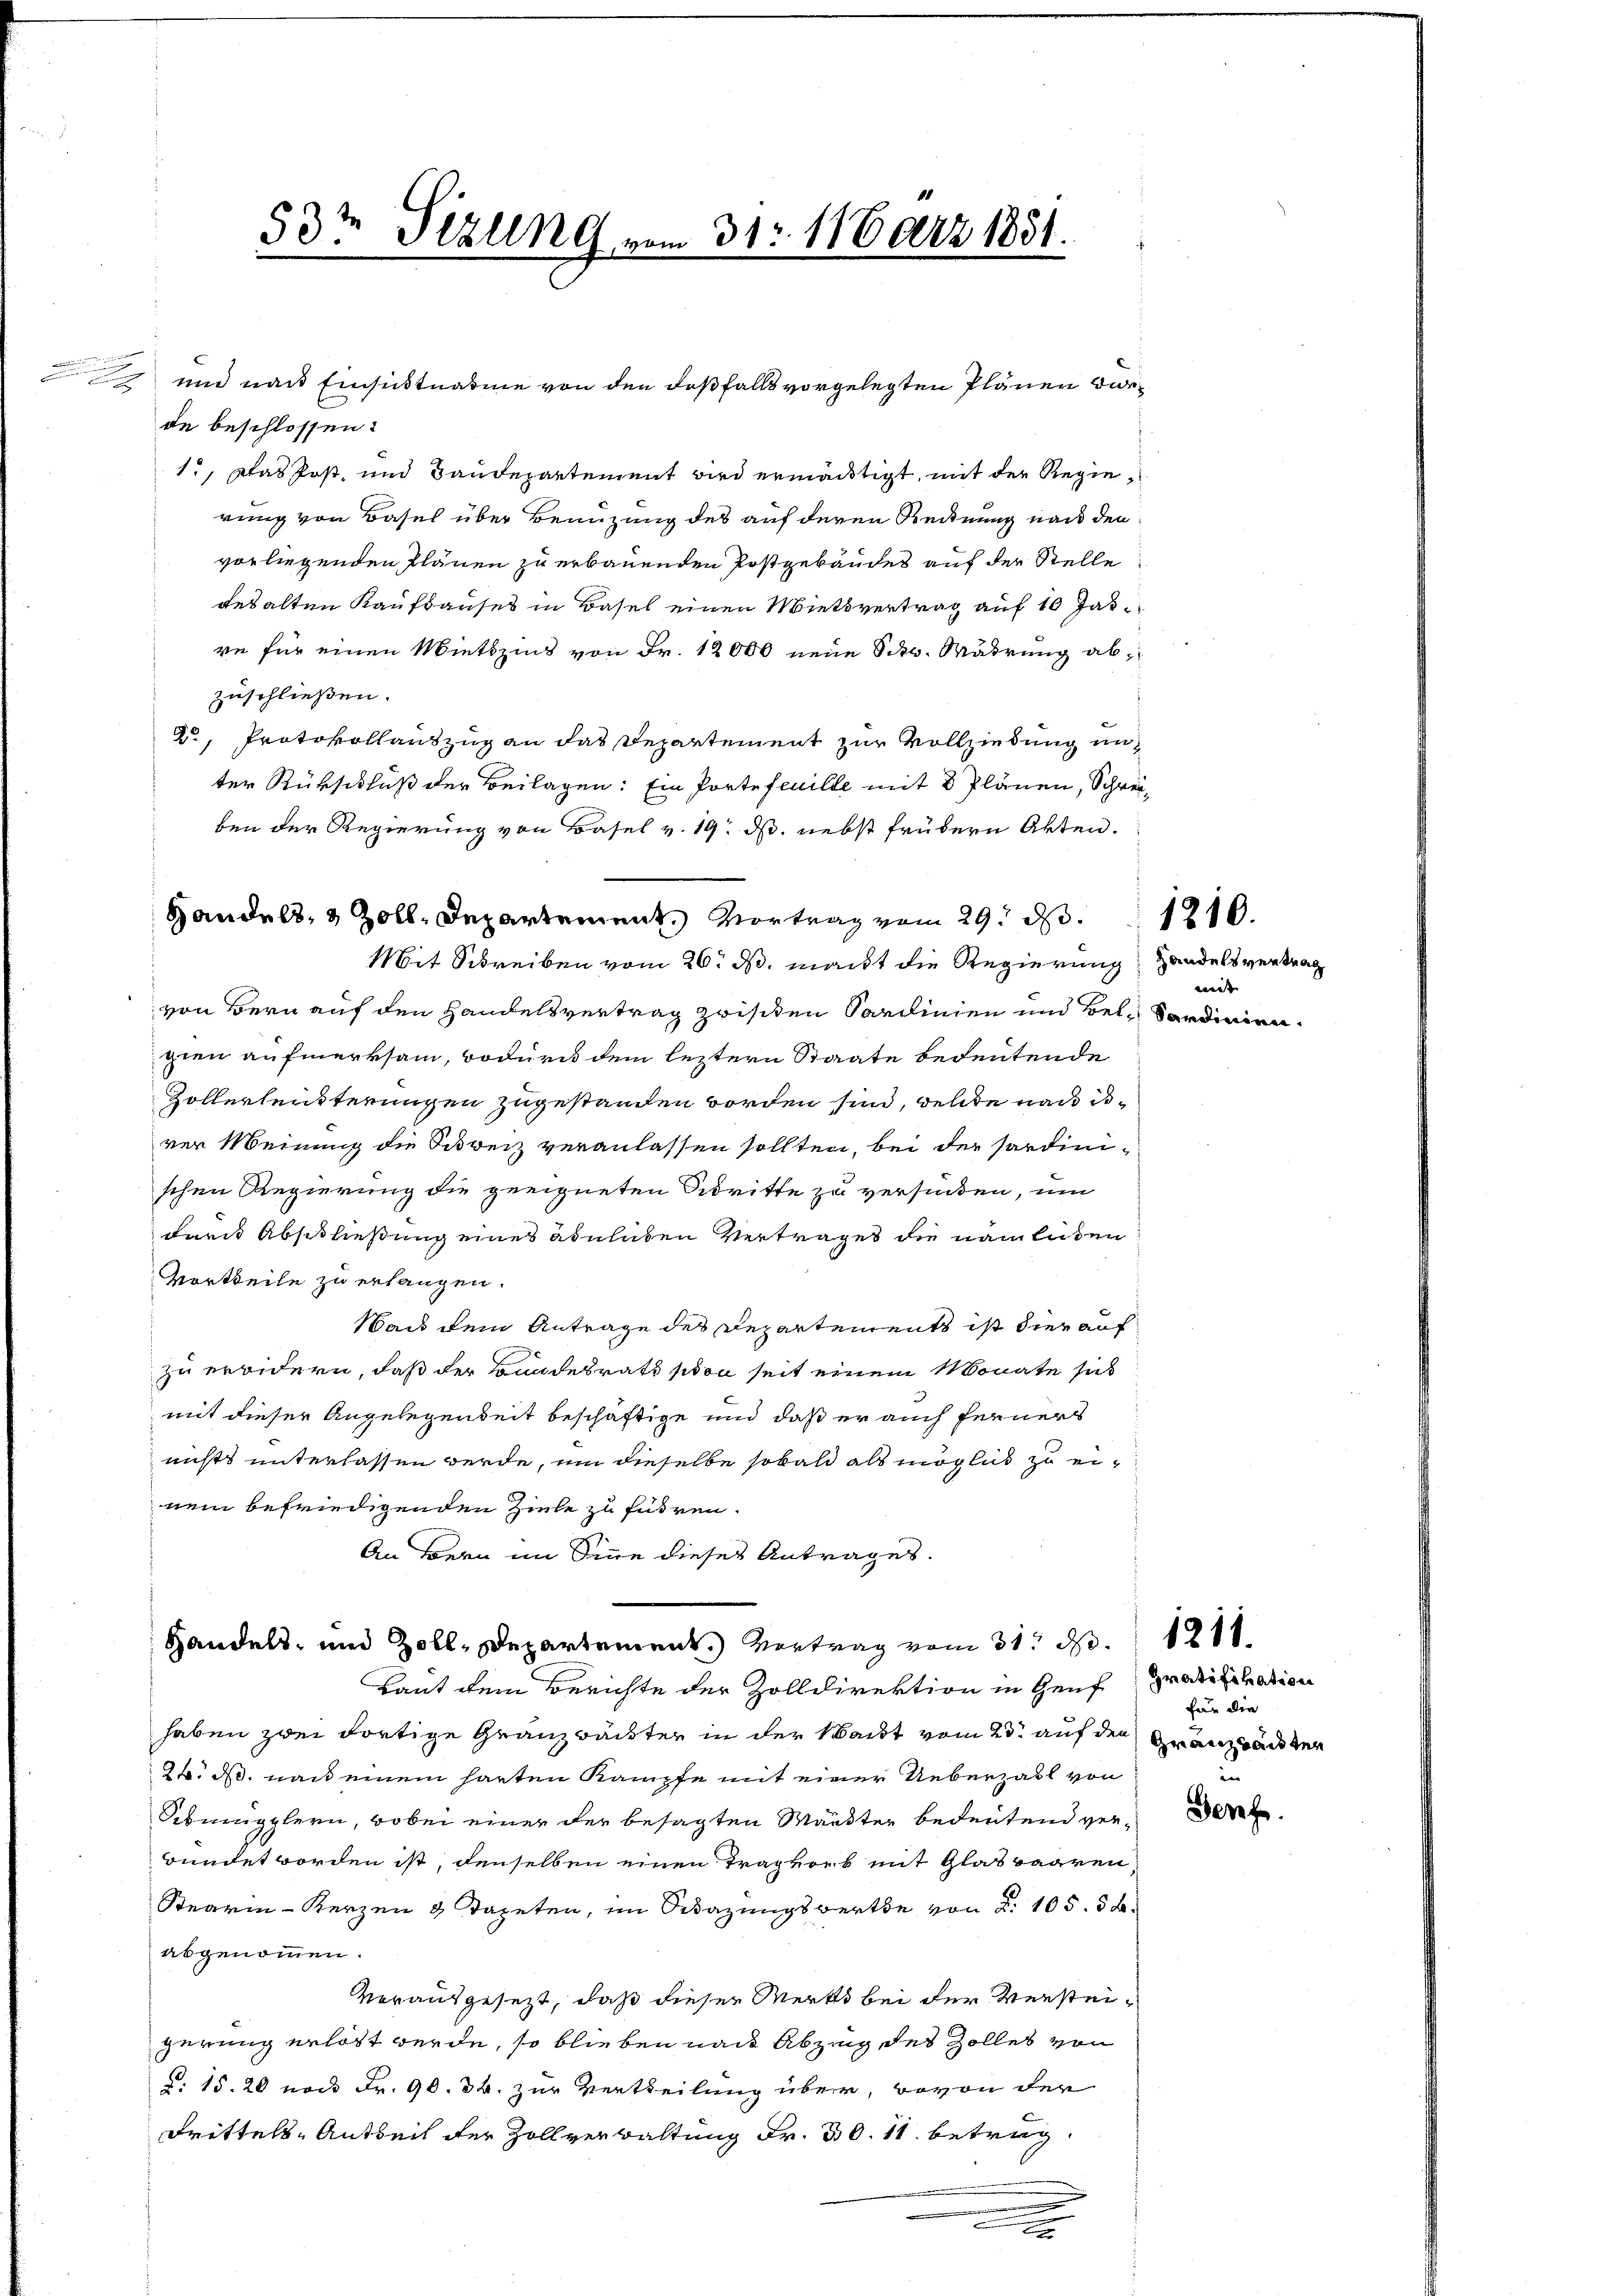
n

x

53te Sizung vom 31t März 1831.

de beschlossen:
1., Das Post, und Baudepartement wird ermächtigt, mit der Regierung von Basel über Benuzung des auf deren Rechnung nach den
vorliegenden Plänen zu erbauenden Postgebäudes auf der Stelle
gesalten Kaufbauses in Basel einen Mietvertrag auf 10 Jahre für einen Miethzins von Fr. 12000 neue Schw. Währung abzuschließen.
r, Protokollantzug an das Departement zur Vollziehung un
ter Rückschluß der Beilagen: Ein Porte feuille mit 8 Plänen, Schreiben der Regierung von Basel v. 19. ds. nebst frühern Akten.

Handels, 3 Zoll, Departement. Vortrag vom 29. d.
Mit Schreiben vom 26. M. macht die Regierung

von Bern auf den Handelsvertrag zwischen Sardinien und Bel-Sardinien.
gien aufmerksam, wodurch dem leztern Staate bedeutende
Zöllerleiterungen zugestanden worden sind, welche nach diver Meinung die Schweiz veranlassen sollten, bei der Sardinischen Regierung die geeigneten Didritte zu versiden, um
dar Abschließung eines abulaten Vertrages die nämlichen
Vortheile zu erlangen.
Was dem Antrage des Departements ist die auf
zu erwidern, daß der Bundesrath pton seit einem Monate sich
mit dieser Angelegenheit beschäftige und daß er auch ferners
nichts unterlassen werde, um dieselbe sobald als möglich zu einem befriedigenden Ziele zu führen.
An Bern im Sinne dieses Antrages.
Handels- und Zoll, Departement.) Vortrag vom 31. d. 1211.
Laut dem Berichte der Zolldirektion in Genf
haben zwei dortige Granzbäckter in der Waidt vom 23. auf den
t. d, nach einem harten Kampfe mit einer Ueberzahl von
Sebugglern, wobei einer der besagten Wandter bedeutend verbündet worden ist, denselben einen Tragvorb mit Glaswaaren
Stuarin - Herzen & Tapeten, im Besazungswerte von d. 105. 38.
abgenommen.
vorausgesetzt, daß dieser Werks bei der Versteigerung erlöst werde, so blieben nach Abzug des Zolles von
§. 15. 20 noch Fr. 90. 34. zur Vertheilung über, wovon der
Drittels-Antheil der Zollverwaltung Fr. 30. 11. betrug.
.

und nach Einsichtnahme von den desfalls vorgelegten Plänen vie¬

Handelsvertrag
eint |

1210.

Gratifikation
für die
Granz paisten
n

Gerfe.